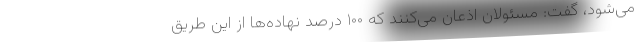
می‌شود، گفت: مسئولان اذعان می‌کنند که ۱۰۰ درصد نهاده‌ها از این طریق